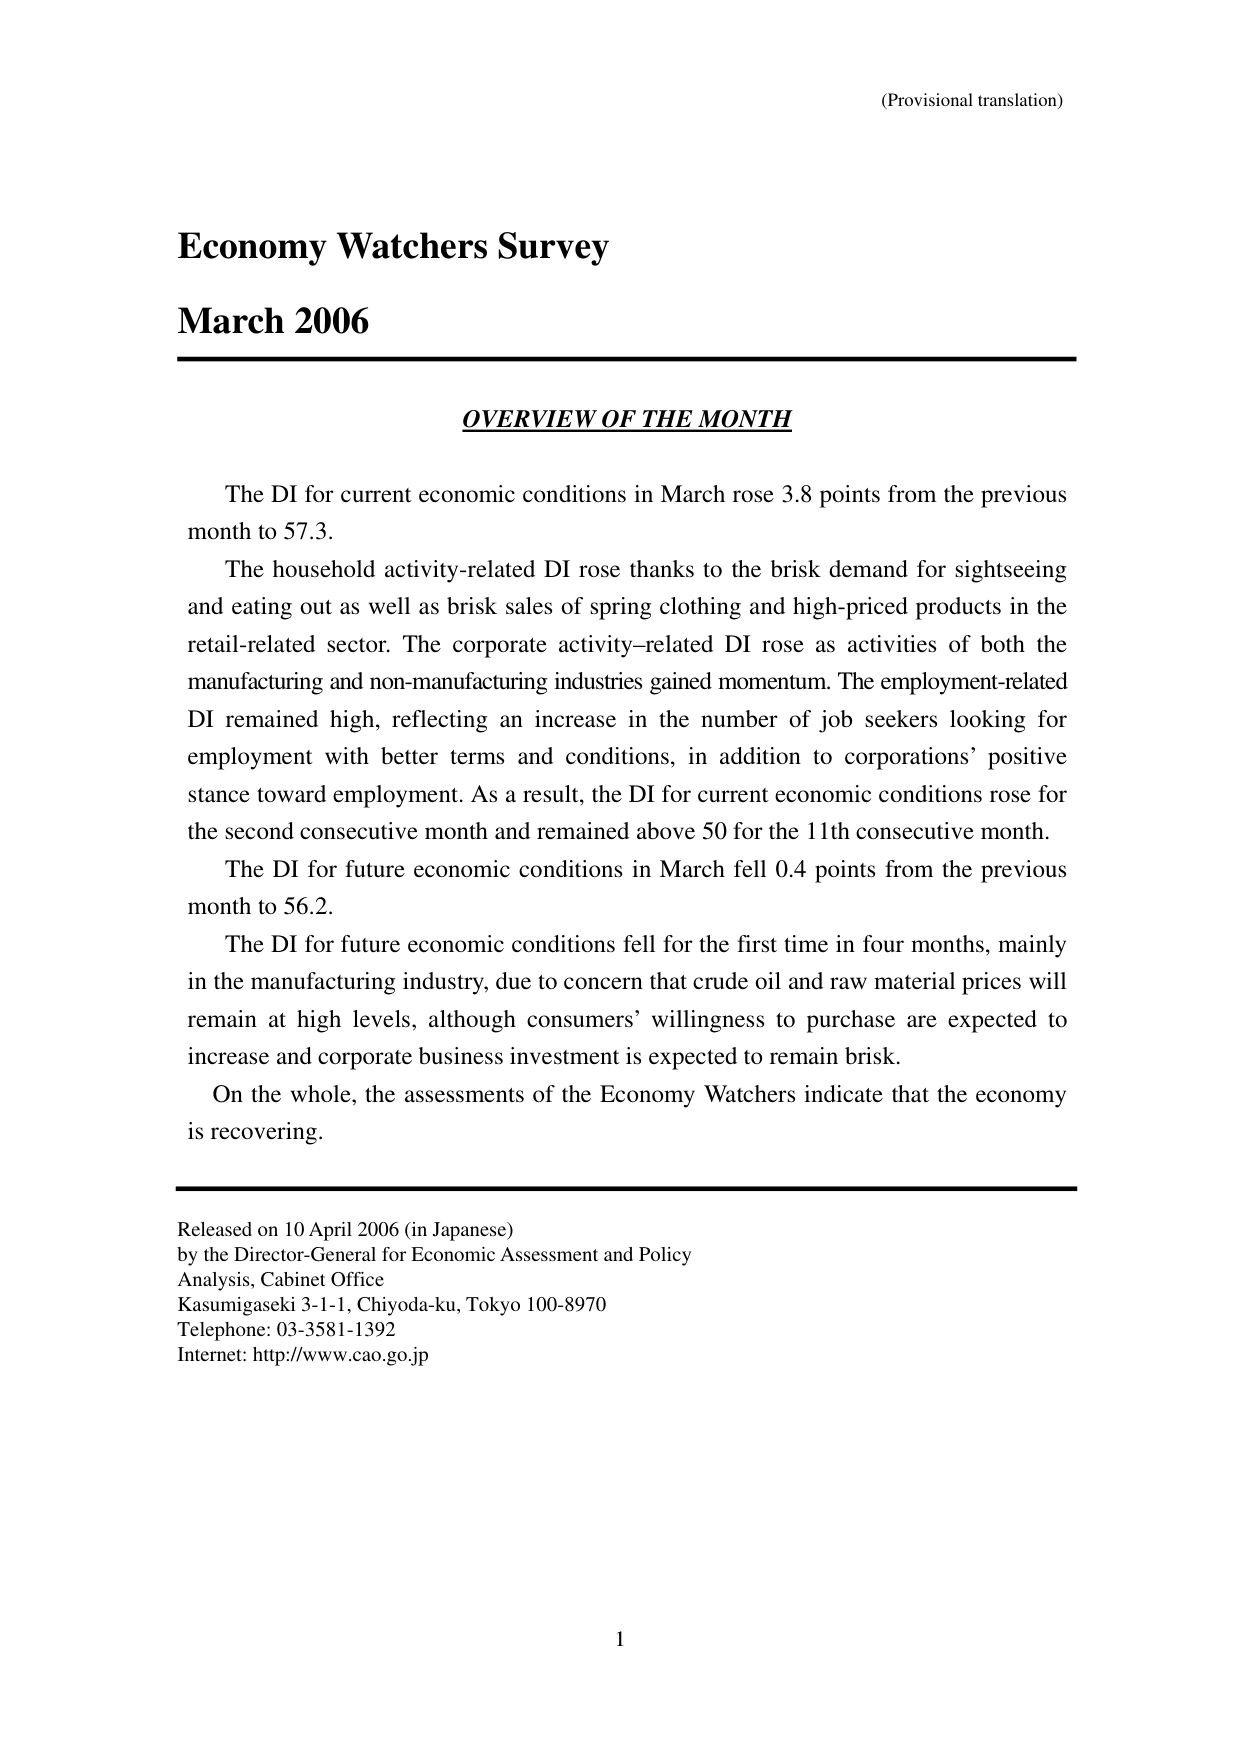
(Provisional translation)

Economy Watchers Survey
March 2006

OVERVIEW OF THE MONTH

The DI for current economic conditions in March rose 3.8 points from the previous month to 57.3.

The household activity-related DI rose thanks to the brisk demand for sightseeing and eating out as well as brisk sales of spring clothing and high-priced products in the retail-related sector. The corporate activity-related DI rose as activities of both the manufacturing and non-manufacturing industries gained momentum. The employment-related DI remained high, reflecting an increase in the number of job seekers looking for employment with better terms and conditions, in addition to corporations’ positive stance toward employment. As a result, the DI for current economic conditions rose for the second consecutive month and remained above 50 for the 11th consecutive month.

The DI for future economic conditions in March fell 0.4 points from the previous month to 56.2.

The DI for future economic conditions fell for the first time in four months, mainly in the manufacturing industry, due to concern that crude oil and raw material prices will remain at high levels, although consumers’ willingness to purchase are expected to increase and corporate business investment is expected to remain brisk.

On the whole, the assessments of the Economy Watchers indicate that the economy is recovering.

Released on 10 April 2006 (in Japanese)
by the Director-General for Economic Assessment and Policy
Analysis, Cabinet Office
Kasumigaseki 3-1-1, Chiyoda-ku, Tokyo 100-8970
Telephone: 03-3581-1392
Internet: http://www.cao.go.jp

1